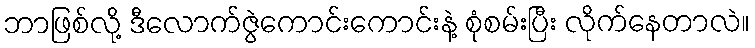
ဘာဖြစ်လို့ ဒီလောက်ဇွဲကောင်းကောင်းနဲ့ စုံစမ်းပြီး လိုက်နေတာလဲ။